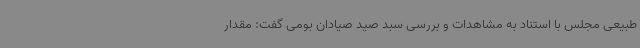
طبیعی مجلس با استناد به مشاهدات و بررسی سبد صید صیادان بومی گفت: مقدار